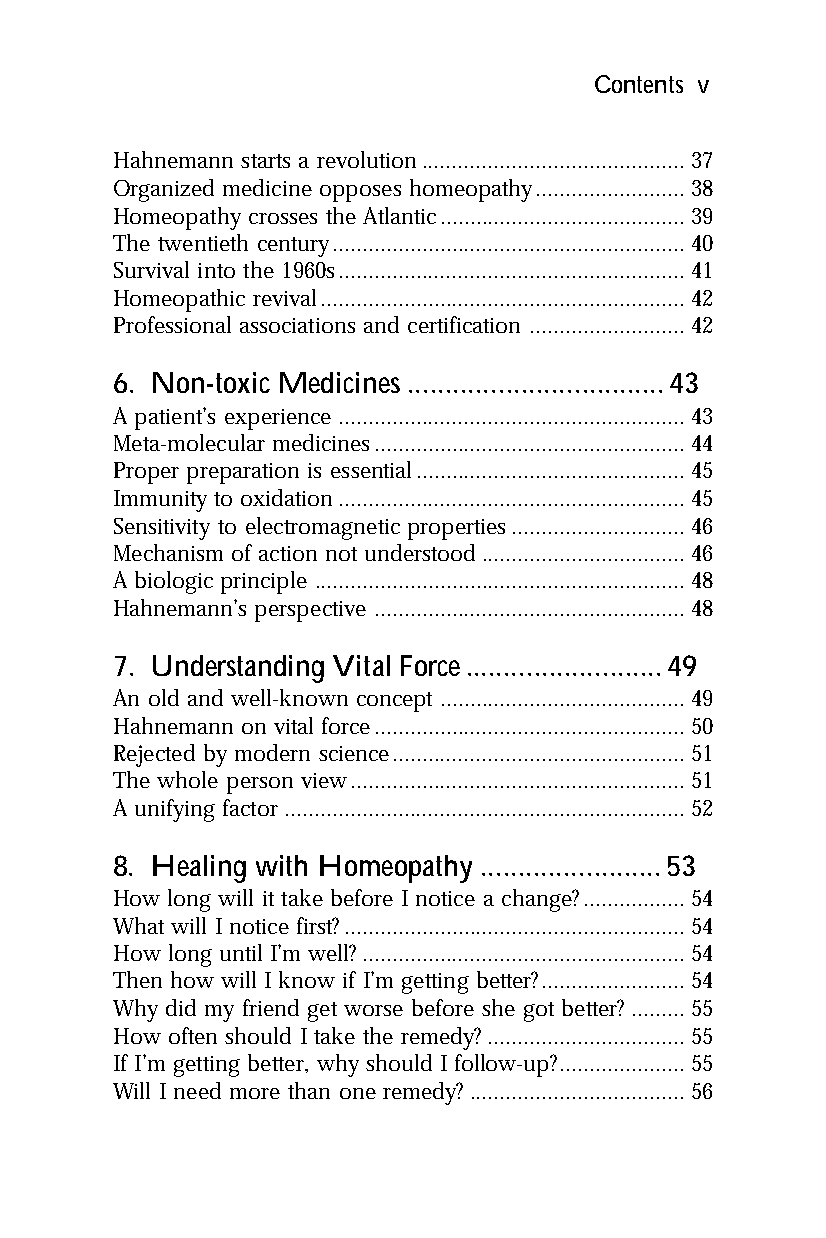
Contents v
 Hahnemann starts a revolution............................................37
 Organized medicine opposes homeopathy.........................38
 Homeopathy crosses the Atlantic.........................................39
 The twentieth century...........................................................40
 Survival into the 1960s..........................................................41
 Homeopathic revival.............................................................42
 Professional associations and certification ..........................42
 6. Non-toxic Medicines ..................................43
 A patient’s experience ..........................................................43
 Meta-molecular medicines....................................................44
 Proper preparation is essential.............................................45
 Immunity to oxidation..........................................................45
 Sensitivity to electromagnetic properties.............................46
 Mechanism of action not understood..................................46
 A biologic principle ..............................................................48
 Hahnemann’s perspective ....................................................48
 7. Understanding Vital Force..........................49
 An old and well-known concept .........................................49
 Hahnemann on vital force....................................................50
 Rejected by modern science.................................................51
 The whole person view........................................................51
 A unifying factor ...................................................................52
 8. Healing with Homeopathy ........................53
 How long will it take before I notice a change?.................54
 What will I notice first?.........................................................54
 How long until I’m well? ......................................................54
 Then how will I know if I’m getting better?........................54
 Why did my friend get worse before she got better? .........55
 How often should I take the remedy? .................................55
 If I’m getting better, why should I follow-up?.....................55
 Will I need more than one remedy? ....................................56